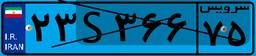
۶۱S۶۳۳۴۴